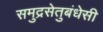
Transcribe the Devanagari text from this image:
समुद्रसेतुबंधेसी